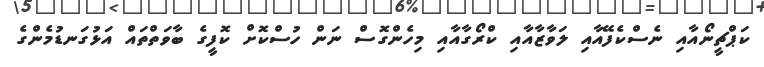
ކަޕްޗީނޯއާއި ނެސްކެފޭއާއި ލަވާޒާއާއި ކްރޯގާއާއި މިހެންގޮސް ނަން ހުސްކޮށް ކޮފީގެ ބާވަތްތައް އަޅުގަނޑުމެންގެ